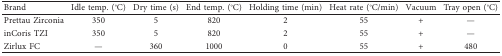
<table><thead><tr><td><b>Brand</b></td><td><b>Idle temp. (°C)</b></td><td><b>Dry time (s)</b></td><td><b>End temp. (°C)</b></td><td><b>Holding time (min)</b></td><td><b>Heat rate (°C/min)</b></td><td><b>Vacuum</b></td><td><b>Tray open (°C)</b></td></tr></thead><tbody><tr><td>Prettau Zirconia</td><td>350</td><td>5</td><td>820</td><td>2</td><td>55</td><td>+</td><td>—</td></tr><tr><td>inCoris TZI</td><td>350</td><td>5</td><td>820</td><td>2</td><td>55</td><td>+</td><td>—</td></tr><tr><td>Zirlux FC</td><td>—</td><td>360</td><td>1000</td><td>0</td><td>55</td><td>+</td><td>480</td></tr></tbody></table>